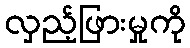
လှည့်ဖြားမှုကို